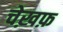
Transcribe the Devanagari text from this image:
चेख़फ़